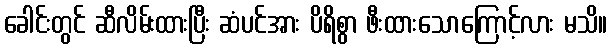
ခေါင်းတွင် ဆီလိမ်းထားပြီး ဆံပင်အား ပိရိစွာ ဖီးထားသောကြောင့်လား မသိ။